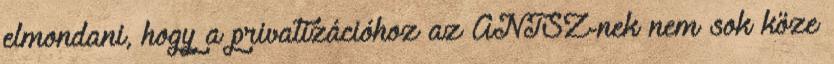
elmondani, hogy a privatizációhoz az ÁNTSZ-nek nem sok köze